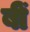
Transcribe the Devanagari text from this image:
बीं